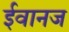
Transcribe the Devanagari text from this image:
ईवानज